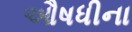
ઔષધીના